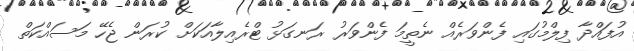
އުފައްދާ ފިލްމުގައި ފެންވަރެއް ނެތީމަ ފެންވަރު ރަނގަޅު ޓްރެއިލާއަކަށް ކުރަން ޖެހޭ މަސައްކަތް